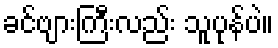
ခင်ဗျားကြီးလည်း သူပုန်ပဲ။